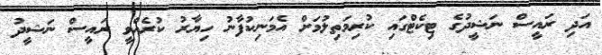
އަދި ރައީސް ނަޝީދުގެ ޓިކެޓްގައި ކުރިމަތިލުމަށް އެމަނިކުފާނު ހިޔާރު ކުރެއްވީ ރައީސް ނަޝީދު